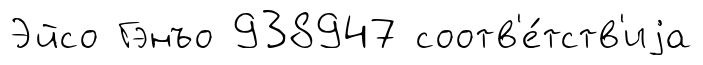
Эйсо Гэнъо 938947 соотв'е́тств'иjа